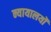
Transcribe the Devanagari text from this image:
न्यायालयोंं